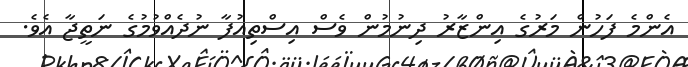
އެންމެ ފަހުން މަރުގެ އިންޒާރު ދިނުމުން ވެސް އިސްތިއުފާ ނުދެއްވުމުގެ ނަތީޖާ އެވެ.